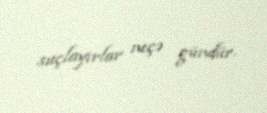
suçlayırlar neçə gündür.